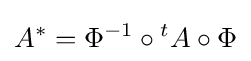
A^{*}=\Phi ^{-1}\circ {}^{t}A\circ \Phi